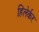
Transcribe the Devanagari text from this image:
हिलेर्कर